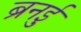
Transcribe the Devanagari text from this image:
ब्रुनई